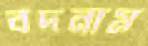
বদনাম